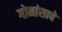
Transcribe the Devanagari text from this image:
गोमांसाचे